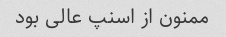
ممنون از اسنپ عالی بود